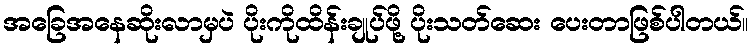
အခြေအနေဆိုးလာမှပဲ ပိုးကိုထိန်းချုပ်ဖို့ ပိုးသတ်ဆေး ပေးတာဖြစ်ပါတယ်။